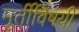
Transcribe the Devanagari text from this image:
मूर्तीविषयी